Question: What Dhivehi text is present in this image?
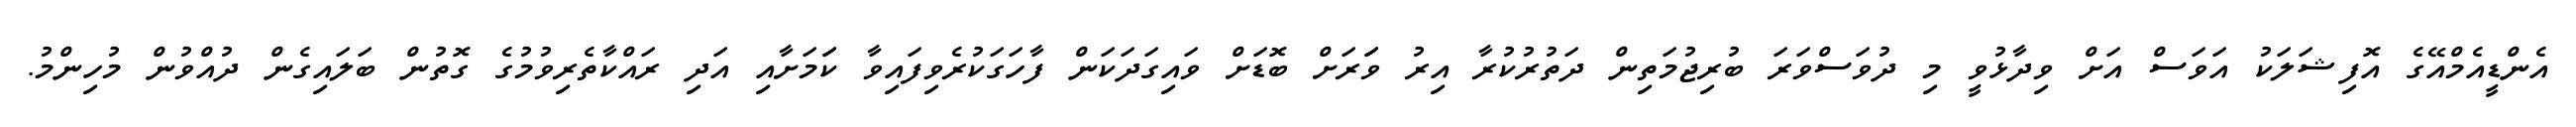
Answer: އެންޑީއެމްއޭގެ އޮފިޝަލަކު އަވަސް އަށް ވިދާޅުވީ މި ދުވަސްވަރަ ބުރިޖުމަތިން ދަތުރުކުރާ އިރު ވަަރަށް ބޮޑަށް ވައިގަދަކަން ފާހަގަކުރެވިފައިވާ ކަަމަށާއި އަދި ރައްކާތެރިވުމުގެ ގޮތުން ބަލައިގެން ދުއްވުން މުހިންމު.